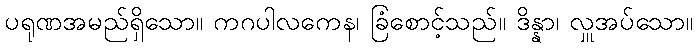
ပရုဏအမည်ရှိသော။ ကဂပါလကေန၊ ခြံစောင့်သည်။ ဒိန္နာ၊ လှူအပ်သော။